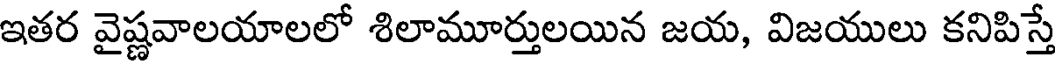
ఇతర వైష్ణవాలయాలలో శిలామూర్తులయిన జయ, విజయులు కనిపిస్తే